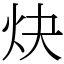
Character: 炔